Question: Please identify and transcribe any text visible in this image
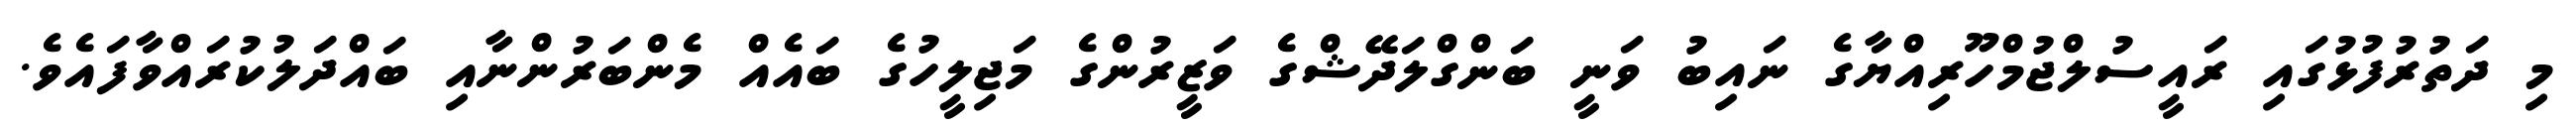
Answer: މި ދަތުރުފުޅުގައި ރައީސުލްޖުމްހޫރިއްޔާގެ ނައިބު ވަނީ ބަންގްލަދޭޝްގެ ވަޒީރުންގެ މަޖިލީހުގެ ބައެއް މެންބަރުންނާއި ބައްދަލުކުރައްވާފައެވެ.